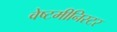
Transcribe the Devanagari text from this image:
वेष्टमीनिस्टर